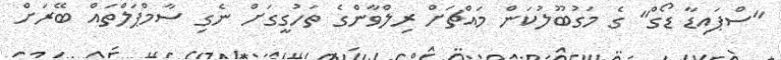
"ސްޕައިޑާ ޑޯގް" ގެ މަގުބޫލުކަން މައްޗަށް ރިލްވާންގެ ތަހުގީގަށް ނެގި ސާމްޕަލްތައް ބޭރަށް